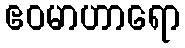
ဧဝမာဟာရော